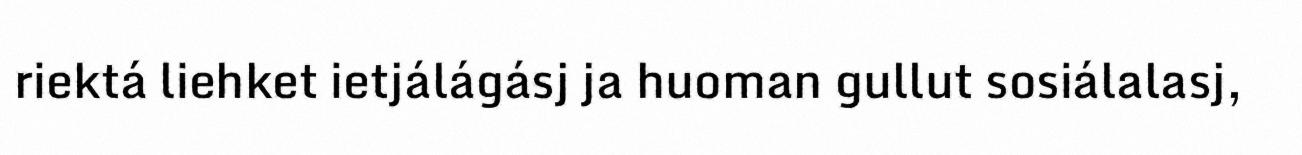
riektá liehket ietjálágásj ja huoman gullut sosiálalasj,